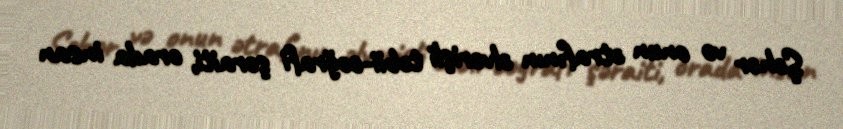
Şəhər və onun ətrafının əlverişli təbii-coğrafi şəraiti, orada insan